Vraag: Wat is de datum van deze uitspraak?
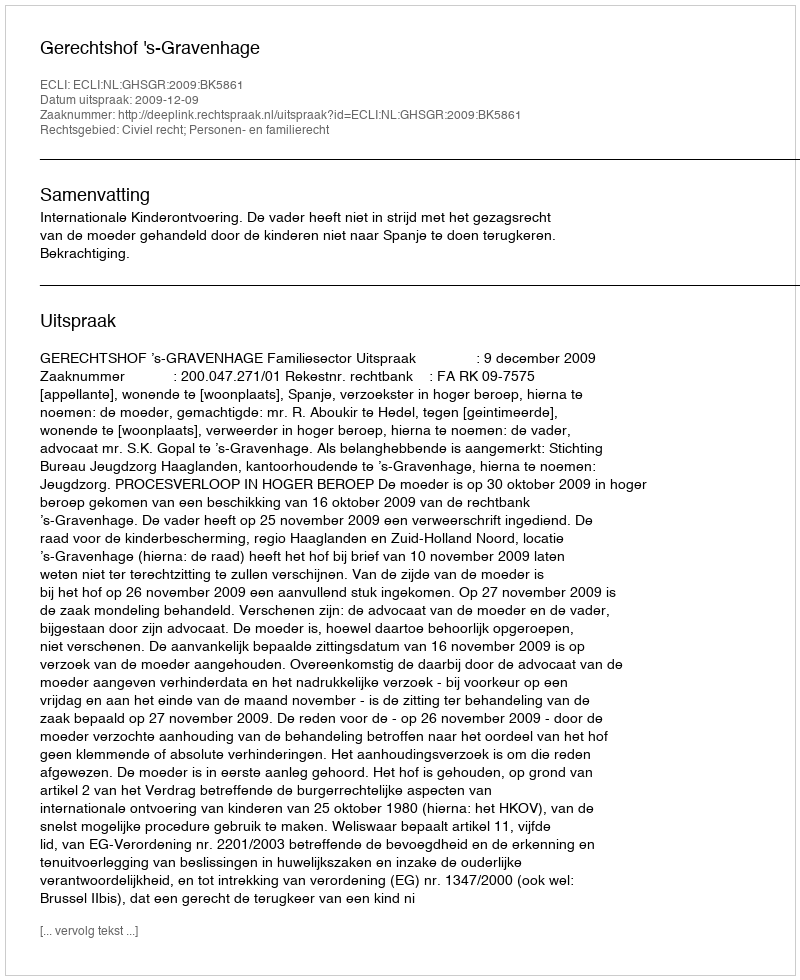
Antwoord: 2009-12-09